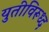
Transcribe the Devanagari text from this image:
युतीविरूध्द